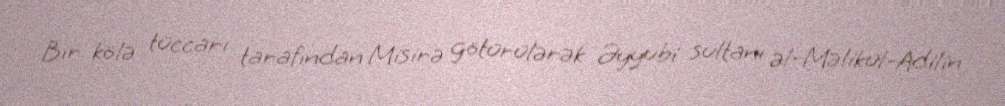
Bir kölə tüccarı tarafından Misirə götürülərək Əyyubi sultanı əl-Məlikül-Adilin